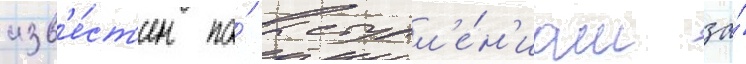
изв'е́ст'ен по́ выступл'е́н'иам за́